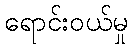
ရောင်းဝယ်မှု